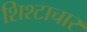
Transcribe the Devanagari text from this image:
शिश्टाचार